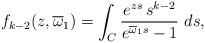
LaTeX: \begin{align*}f_{k-2}(z, \overline\omega_1)=\int_C \frac{e^{zs}\,s^{k-2}}{e^{\overline\omega_1 s}-1} \ ds,\end{align*}